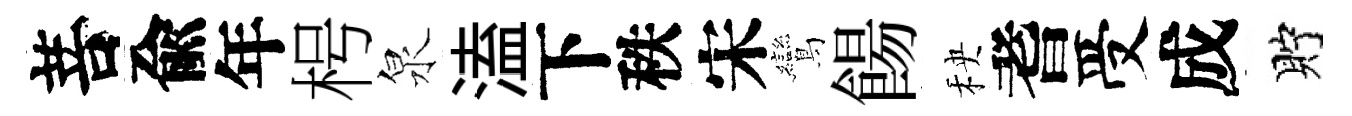
菩兪年枵泉溘下秩宋鸞餳秧耆受成貯